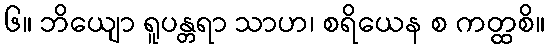
၆။ ဘိယျော ရူပန္တရာ သာဟ၊ စရိယေန စ ကတ္ထစိ။